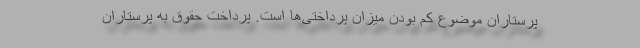
پرستاران موضوع کم بودن میزان پرداختی‌ها است. پرداخت حقوق به پرستاران